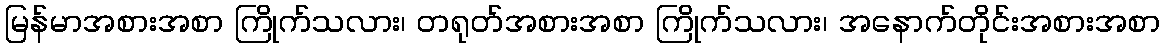
မြန်မာအစားအစာ ကြိုက်သလား၊ တရုတ်အစားအစာ ကြိုက်သလား၊ အနောက်တိုင်းအစားအစာ